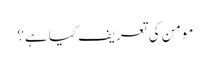
مومن کی تعریف کیا ہے؟